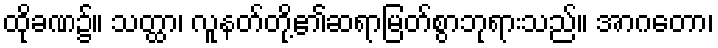
ထိုခဏ၌။ သတ္ထာ၊ လူနတ်တို့၏ဆရာမြတ်စွာဘုရားသည်။ အာဂတော၊